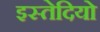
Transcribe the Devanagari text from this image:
इस्तेदियो